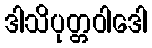
ဒါသိပုတ္တဝါဒေါ